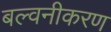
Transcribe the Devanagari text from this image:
बल्वनीकरण